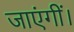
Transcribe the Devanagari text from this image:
जाएंगीं।